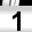
Digit: 1